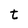
Character: t